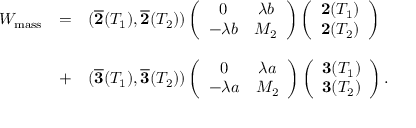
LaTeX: \begin{array} { c c l } { { W _ { \mathrm { m a s s } } } } & { { = } } & { { ( \overline { { { { \bf 2 } } } } ( T _ { 1 } ) , \overline { { { { \bf 2 } } } } ( T _ { 2 } ) ) \left( \begin{array} { c c } { { 0 } } & { { \lambda b } } \\ { { - \lambda b } } & { { M _ { 2 } } } \end{array} \right) \left( \begin{array} { c } { { { \bf 2 } ( T _ { 1 } ) } } \\ { { { \bf 2 } ( T _ { 2 } ) } } \end{array} \right) } } \\ { { } } & { { } } & { { } } \\ { { } } & { { + } } & { { ( \overline { { { { \bf 3 } } } } ( T _ { 1 } ) , \overline { { { { \bf 3 } } } } ( T _ { 2 } ) ) \left( \begin{array} { c c } { { 0 } } & { { \lambda a } } \\ { { - \lambda a } } & { { M _ { 2 } } } \end{array} \right) \left( \begin{array} { c } { { { \bf 3 } ( T _ { 1 } ) } } \\ { { { \bf 3 } ( T _ { 2 } ) } } \end{array} \right) . } } \end{array}